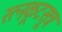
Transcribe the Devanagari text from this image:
रत्नकूटसूत्र